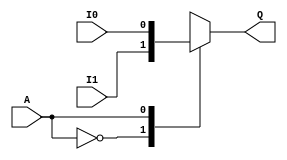
`timescale 1ns / 1ps
//////////////////////////////////////////////////////////////////////////////////
// Company: 
// Engineer: 
// 
// Design Name: 
// Module Name: Example02
// Project Name: 
// Target Devices: 
// Tool Versions: 
// Description: 
// 
// Dependencies: 
// 
// Revision:
// Revision 0.01 - File Created
// Additional Comments:
// 
//////////////////////////////////////////////////////////////////////////////////


module Example02(Q, A, I0, I1);
input A, I0, I1;
output reg Q;

// logic description 
// bahavorial 
// case statement
always@(*)
begin
    case(A)
    1'b0 : Q = I1;
    1'b1 : Q = I0;
    default : Q = 1'bz;
    endcase
end 


endmodule